Madras plague regulations and rules for district municipalities and other towns and villages
Disease focus: Plague
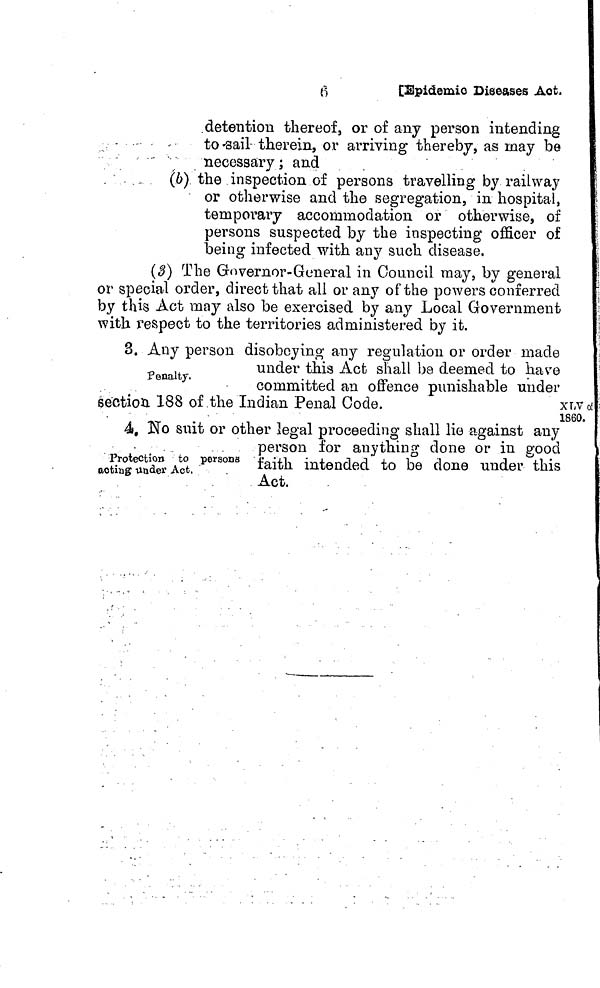
6
[Epidemic Diseases Act
detention thereof, or of any person intending
to sail therein, or arriving thereby, as may be
necessary ; and
(b) the inspection of persons travelling by railway
or otherwise and the segregation, in hospital,
temporary accommodation or otherwise, of
persons suspected by the inspecting officer of
being infected with any such disease.
(3) The Governor-General in Council may, by general
or special order, direct that all or any of the powers conferred
by this Act may also be exercised by any Local Government
with respect to the territories administered by it.
Penalty.
3. Any person disobeying any regulation or order made
under this Act shall be deemed to nave
committed an offence punishable under
section 188 of the Indian Penal Code.
Protection to persons
acting -ander Act,
4. No suit or other legal proceeding shall lie against any
person for anything done or in good
faith intended to be done under this
Act.